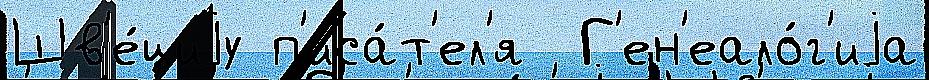
Шв'е́циjу п'иса́т'ел'я  Г'ен'еало́г'иjа